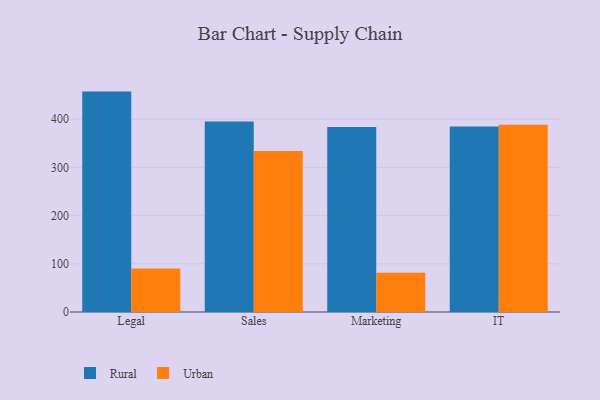
{"axis": {"x": "Department", "y": "Humidity (%)"}, "legend": ["Rural", "Urban"], "data": [{"x": "Legal", "y": 457.4, "type": "Rural"}, {"x": "Legal", "y": 90.5, "type": "Urban"}, {"x": "Sales", "y": 395.6, "type": "Rural"}, {"x": "Sales", "y": 334.1, "type": "Urban"}, {"x": "Marketing", "y": 383.8, "type": "Rural"}, {"x": "Marketing", "y": 81.5, "type": "Urban"}, {"x": "IT", "y": 384.9, "type": "Rural"}, {"x": "IT", "y": 388.4, "type": "Urban"}]}